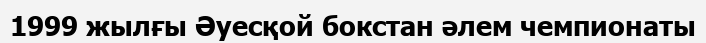
1999 жылғы Әуесқой бокстан әлем чемпионаты